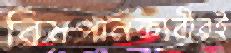
বিষপানকারীরই